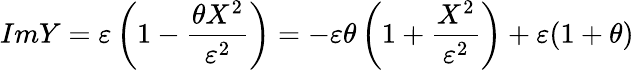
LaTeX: ImY=\varepsilon\left(1-\frac{\theta X^{2}}{\varepsilon^{2}}\right)=-\varepsilon\theta\left(1+\frac{X^{2}}{\varepsilon^{2}}\right)+\varepsilon(1+\theta)